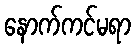
နောက်ကင်မရာ